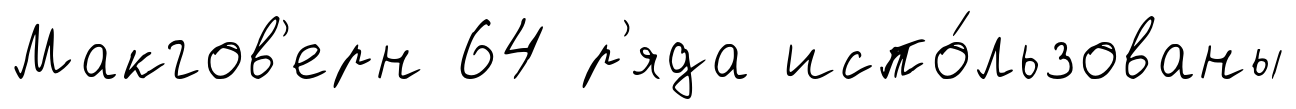
Макгов'ерн 64 р'яда испо́льзованы